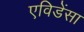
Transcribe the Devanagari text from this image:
एविडेंसा